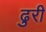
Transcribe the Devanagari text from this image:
ढुरी